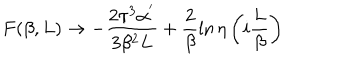
F ( \beta , L ) \rightarrow - \frac { 2 \pi ^ { 3 } \alpha ^ { ' } } { 3 \beta ^ { 2 } L } + \frac { 2 } { \beta } \ln { \eta \left( i \frac { L } { \beta } \right) }